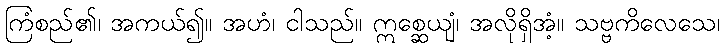
ကြံစည်၏၊ အကယ်၍။ အဟံ၊ ငါသည်။ ဣစ္ဆေယျံ၊ အလိုရှိအံ့။ သဗ္ဗကိလေသေ၊